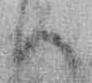
ハ